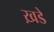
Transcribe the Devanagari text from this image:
ख़डे